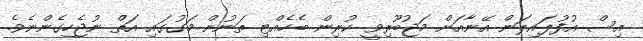
އިސް އުފުލައިލަން އޭނާއަށް މަޖުބޫރިވީ ކުރިން ބެހެއްޓި ތަނުން މަގުގައި އަތް ނުޖެހިގެންނެވެ.